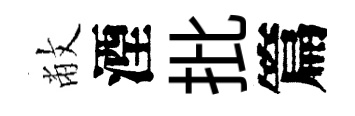
敝湮批篇